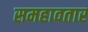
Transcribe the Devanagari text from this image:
समहावतार